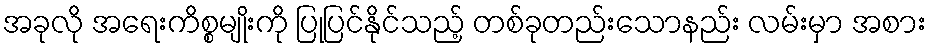
အခုလို အရေးကိစ္စမျိုးကို ပြုပြင်နိုင်သည့် တစ်ခုတည်းသောနည်း လမ်းမှာ အစား